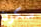
سكون